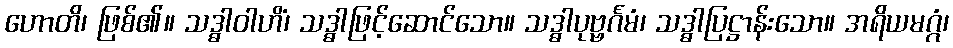
ဟောတိ၊ ဖြစ်၏။ သဒ္ဓါဝါဟိံ၊ သဒ္ဓါဖြင့်ဆောင်သော။ သဒ္ဓါပုဗ္ဗင်္ဂမံ၊ သဒ္ဓါပြဋ္ဌာန်းသော။ အရိယမဂ္ဂံ၊